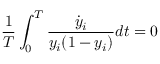
\frac { 1 } { T } \int _ { 0 } ^ { T } \frac { \dot { y } _ { i } } { y _ { i } ( 1 - y _ { i } ) } d t = 0